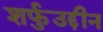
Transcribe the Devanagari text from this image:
शर्फुउद्दीन